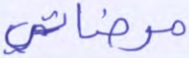
مرضاتي